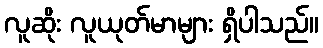
လူဆိုး လူယုတ်မာများ ရှိပါသည်။